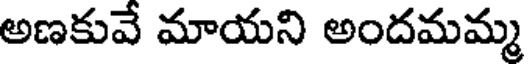
అణకువే మాయని అందమమ్మ